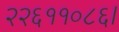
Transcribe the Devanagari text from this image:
२२६११०८६।